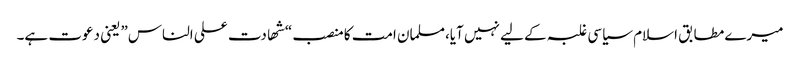
میرے مطابق اسلام سیاسی غلبہ کے لیے نہیں آیا،مسلمان امت کا منصب “شھادت علی الناس” یعنی دعوت ہے۔